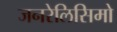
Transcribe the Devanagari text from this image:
जनरेलिसिमो